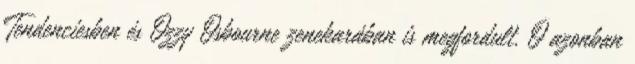
Tendenciesben és Ozzy Osbourne zenekarában is megfordult. Ő azonban